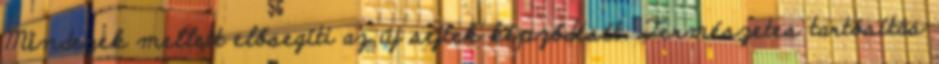
Mindezek mellett elősegíti az új sejtek képződését. Természetes tartósítás